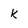
Character: k